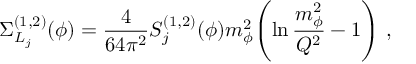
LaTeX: \Sigma _ { L _ { j } } ^ { ( 1 , 2 ) } ( \phi ) = { \frac { 4 } { 6 4 \pi ^ { 2 } } } S _ { j } ^ { ( 1 , 2 ) } ( \phi ) m _ { \phi } ^ { 2 } \! \left( \ln { \frac { m _ { \phi } ^ { 2 } } { Q ^ { 2 } } } - 1 \right) \, ,